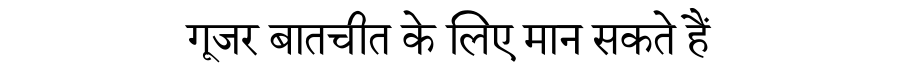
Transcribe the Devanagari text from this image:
गूजर बातचीत के लिए मान सकते हैं